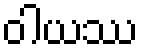
ဝါယဿ